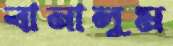
বানালুম